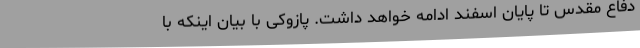
دفاع مقدس تا پایان اسفند ادامه خواهد داشت. پازوکی با بیان اینکه با